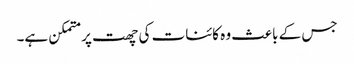
جس کے باعث وہ کائنات کی چھت پر متمکن ہے۔